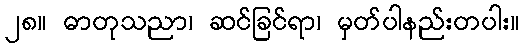
၂၈။ ဓာတုသညာ၊ ဆင်ခြင်ရာ၊ မှတ်ပါနည်းတပါး။